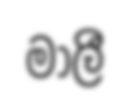
මාලී